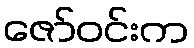
ဇော်ဝင်းက